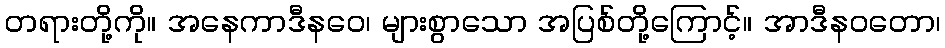
တရားတို့ကို။ အနေကာဒီနဝေ၊ များစွာသော အပြစ်တို့ကြောင့်။ အာဒီနဝတော၊